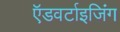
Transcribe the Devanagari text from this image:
ऍडवर्टाइजिंग